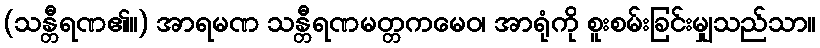
(သန္တီရဏ၏။) အာရမဏ သန္တီရဏမတ္တကမေဝ၊ အာရုံကို စူးစမ်းခြင်းမျှသည်သာ။